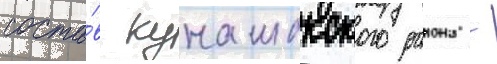
соста́в кунашакского раиона -